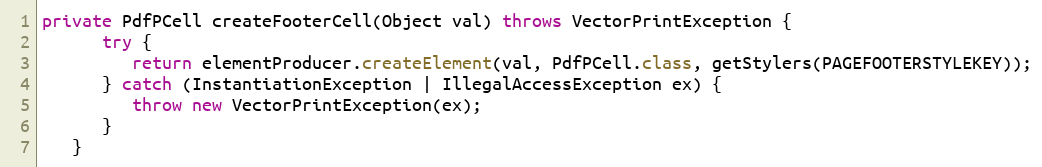
Language: Java
private PdfPCell createFooterCell(Object val) throws VectorPrintException {
      try {
         return elementProducer.createElement(val, PdfPCell.class, getStylers(PAGEFOOTERSTYLEKEY));
      } catch (InstantiationException | IllegalAccessException ex) {
         throw new VectorPrintException(ex);
      }
   }